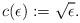
LaTeX: \begin{align*}c(\epsilon):=\sqrt{\epsilon}.\end{align*}